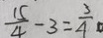
\frac { 1 5 } { 4 } - 3 = \frac { 3 } { 4 }